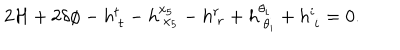
2 { \cal H } + 2 \delta \phi - h _ { ~ t } ^ { t } - h _ { ~ x _ { 5 } } ^ { x _ { 5 } } - h _ { ~ r } ^ { r } + h _ { ~ \theta _ { i } } ^ { \theta _ { i } } + h _ { ~ i } ^ { i } = 0 .